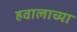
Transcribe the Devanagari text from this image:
हवालाच्या